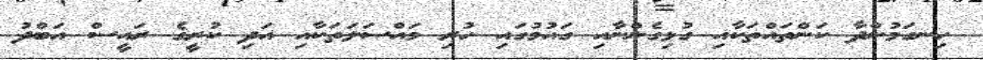
ހިނގަމުންދާ ކަންތައްތަކާއި ގުޅިގެންނާއި ގައުމުގައި ހުރި މައްސަލަތަކާއި އަދި ކުރީގެ ރައީސް އަބްދު